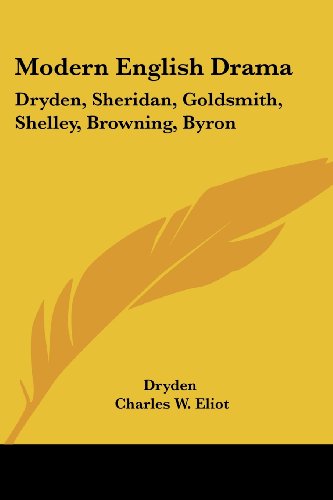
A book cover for Modern English Drama: Dryden, Sheridan, Goldsmith, Shelley, Browning, Byron: Part 18 Harvard Classics; Dryden; Literature & Fiction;